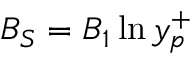
B _ { S } = B _ { 1 } \ln y _ { p } ^ { + }